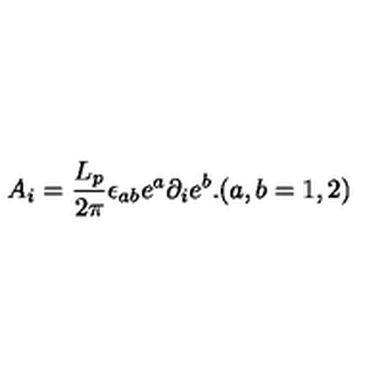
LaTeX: A _ { i } = \frac { L _ { p } } { 2 \pi } \epsilon _ { a b } e ^ { a } \partial _ { i } e ^ { b } . ( a , b = 1 , 2 )